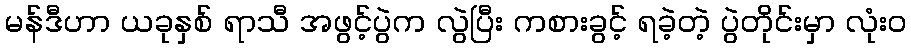
မန်ဒီဟာ ယခုနှစ် ရာသီ အဖွင့်ပွဲက လွဲပြီး ကစားခွင့် ရခဲ့တဲ့ ပွဲတိုင်းမှာ လုံးဝ